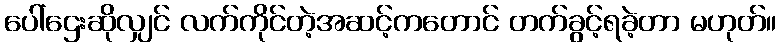
ပေါ်ဌေးဆိုလျှင် လက်ကိုင်တဲ့အဆင့်ကတောင် တက်ခွင့်ရခဲ့တာ မဟုတ်။